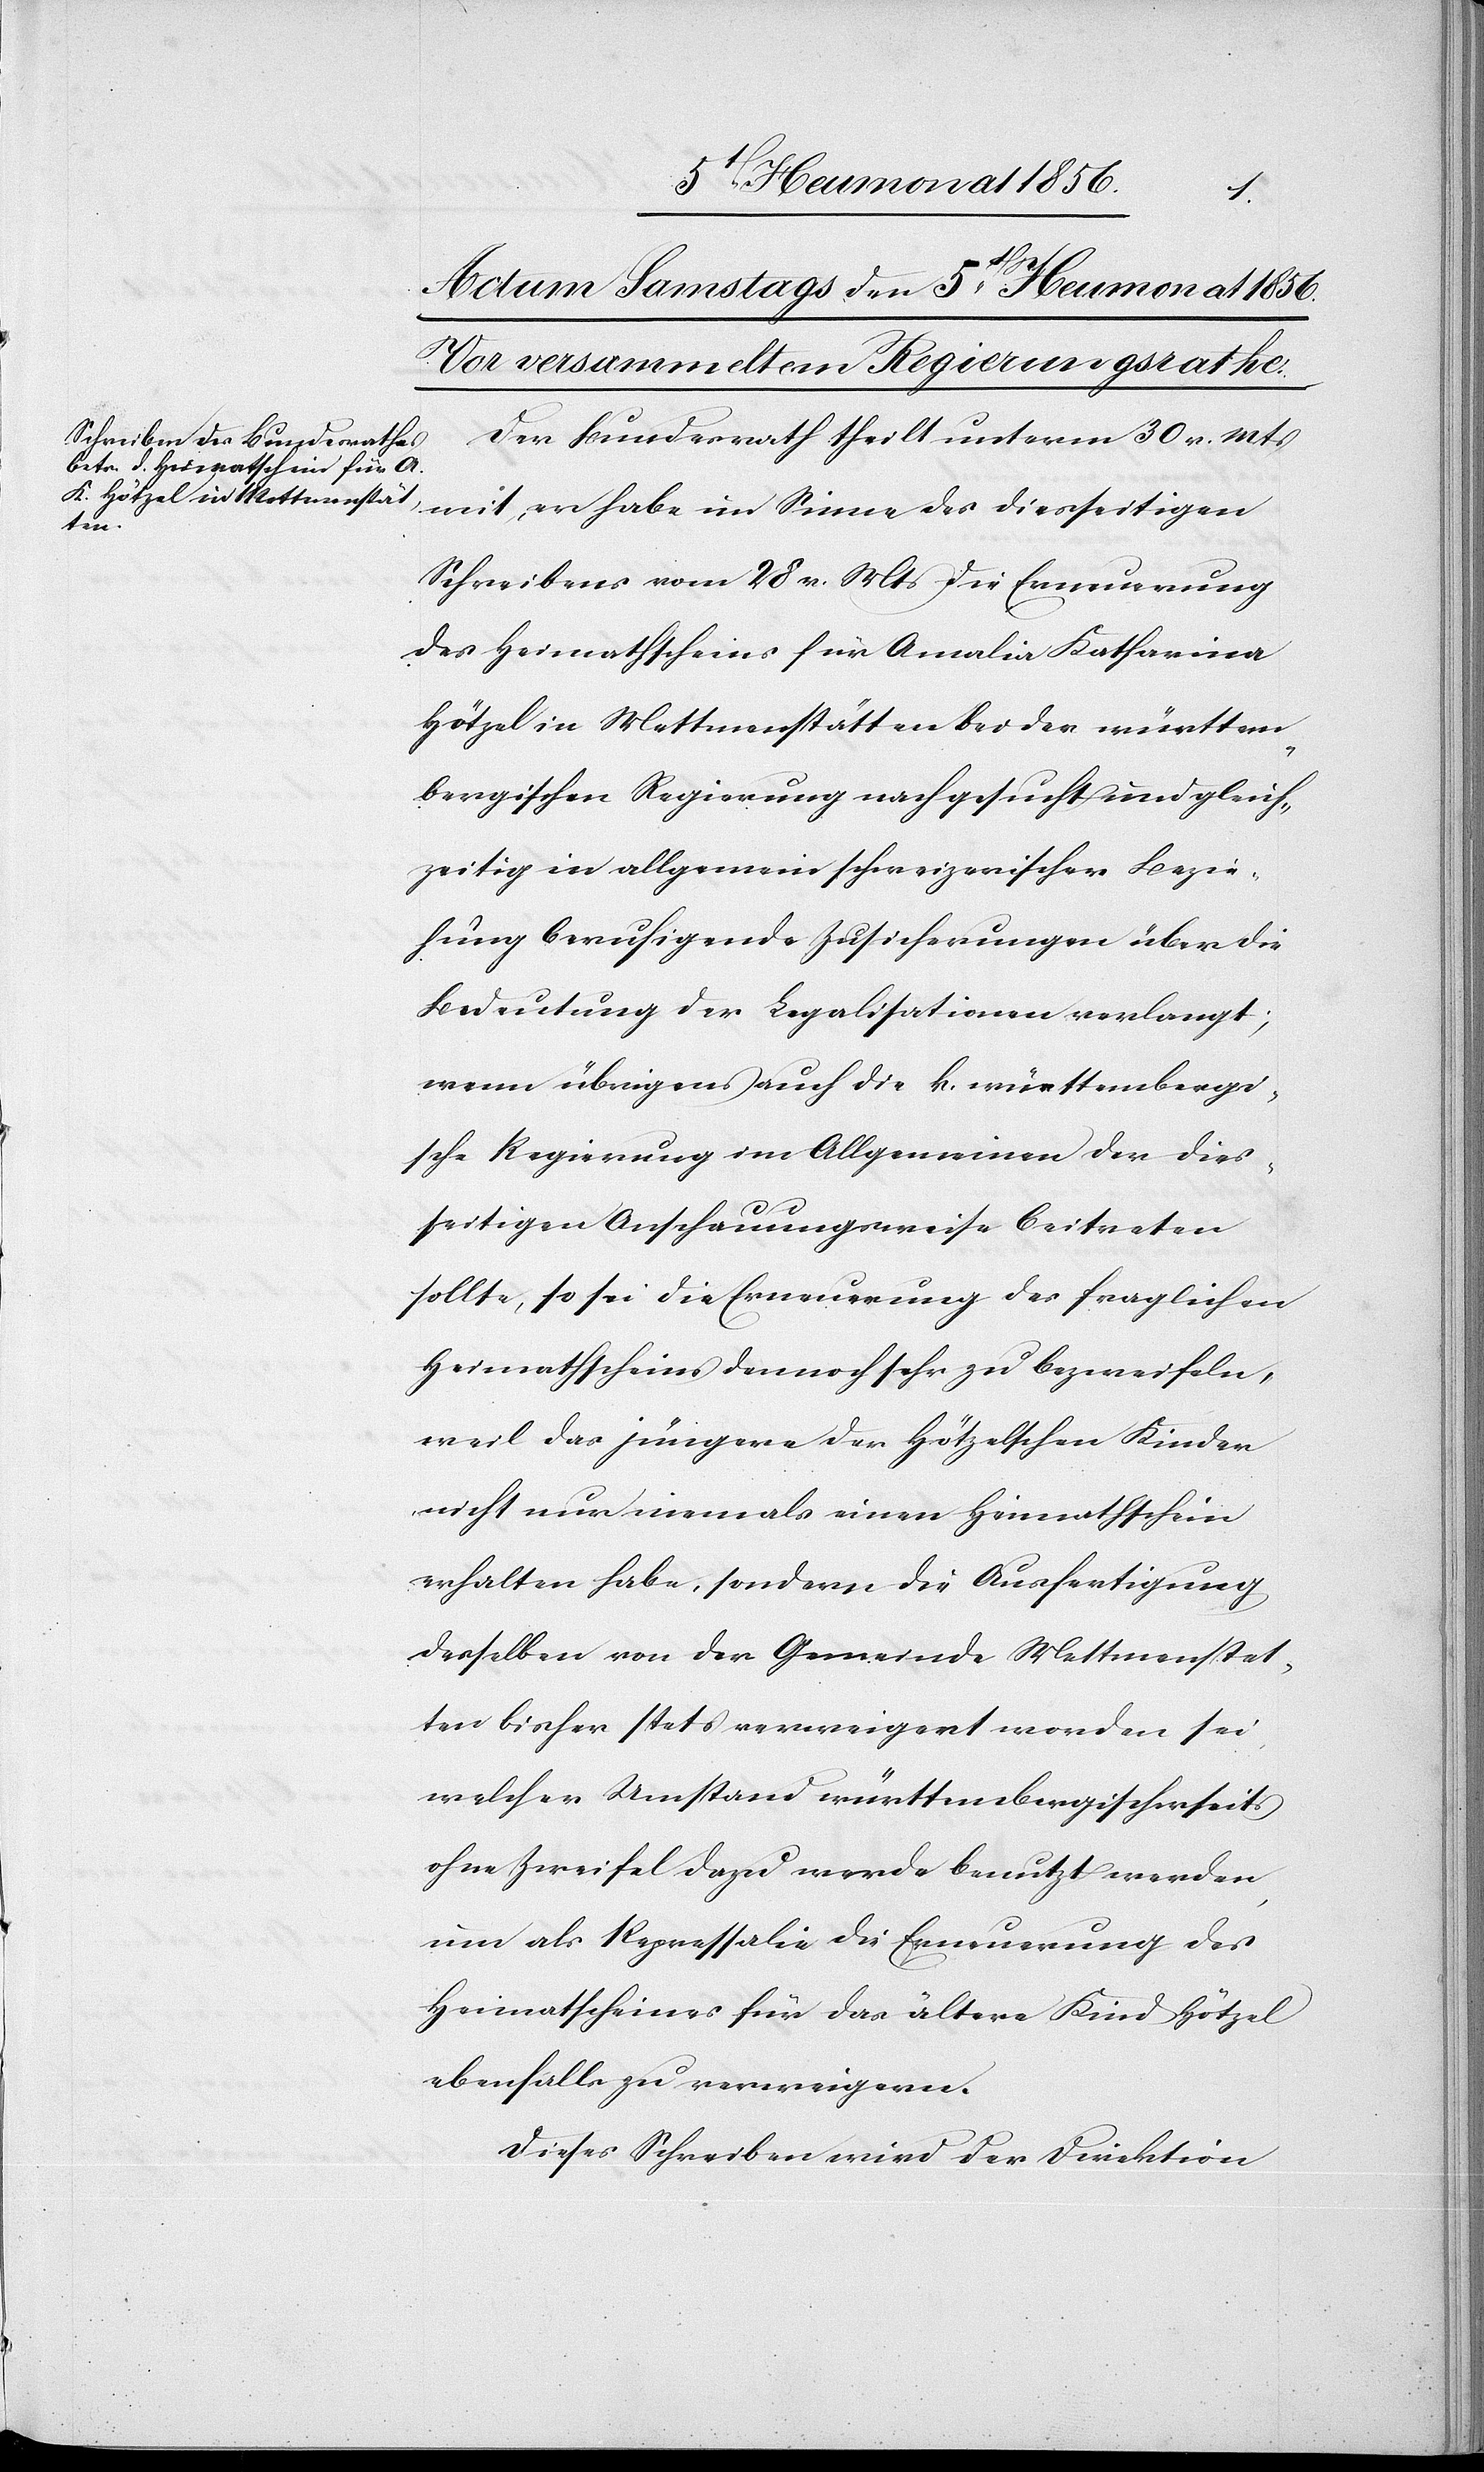
ten

Der Bundesrath theilt unterm 30. v. Mts
mit, er habe im Sinne des diesseitigen
Schreibens vom 28. v. Mts. die Erneuerung
des Heimathscheins für Amalia Katharina
Hötzel in Mettmenstätten bei der württem¬
bergischen Regierung nachgesucht und gleich¬
zeitig in allgemein schweizerischer Bezie¬
hung beruhigende Zusicherungen über die
Bedeutung der Legalisationen verlangt;
wenn übrigens auch die k. württembergi¬
sche Regierung im Allgemeinen der dies¬
seitigen Anschauungsweise beitreten
sollte, so sei die Erneuerung des fraglichen
Heimathscheins dennoch sehr zu bezweifeln,
weil das jüngere der Hötzelschen Kinder
nicht nur niemals einen Heimathschein
erhalten habe, sondern die Ausfertigung
desselben von der Gemeinde Mettmenstet¬
bisher stets verweigert worden sei,
welcher Umstand württembergischerseits
ohne Zweifel dazu werde benutzt werden,
um als Repressalie die Erneuerung des
Heimatscheines für das ältere Kind Hötzel
ebenfalls zu verweigern.
Dieses Schreiben wird der Direktion